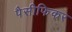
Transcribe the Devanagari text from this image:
पैसीफिकर